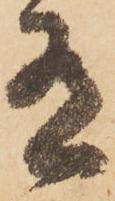
有